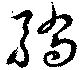
驕